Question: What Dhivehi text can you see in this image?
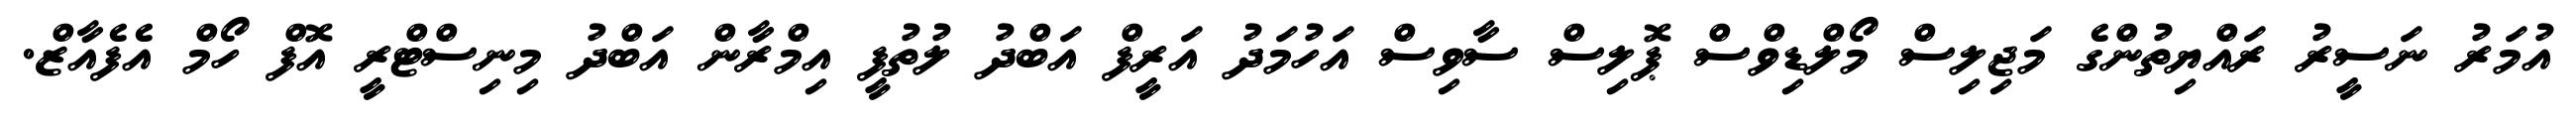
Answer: އުމަރު ނަސީރު ރައްޔިތުންގެ މަޖިލިސް މޯލްޑިވްސް ޕޮލިސް ސާވިސް އަހުމަދު އަރީފް އަބްދު ލުތުފީ އިމްރާން އަބްދު މިނިސްޓްރީ އޮފް ހޯމް އެފެއާޒް.